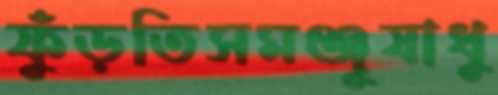
ফুঁড়তিসমঞ্জূষাধু